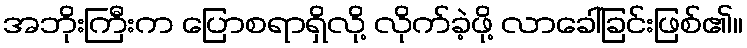
အဘိုးကြီးက ပြောစရာရှိလို့ လိုက်ခဲ့ဖို့ လာခေါ်ခြင်းဖြစ်၏။